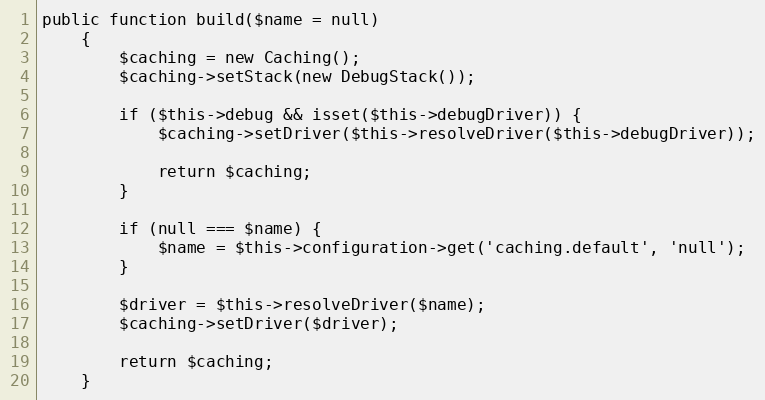
Language: PHP
public function build($name = null)
    {
        $caching = new Caching();
        $caching->setStack(new DebugStack());

        if ($this->debug && isset($this->debugDriver)) {
            $caching->setDriver($this->resolveDriver($this->debugDriver));

            return $caching;
        }

        if (null === $name) {
            $name = $this->configuration->get('caching.default', 'null');
        }

        $driver = $this->resolveDriver($name);
        $caching->setDriver($driver);

        return $caching;
    }